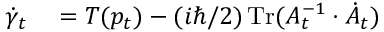
\begin{array} { r l } { \dot { \gamma } _ { t } } & { { } = T ( p _ { t } ) - ( i \hbar / 2 ) \operatorname * { T r } ( A _ { t } ^ { - 1 } \cdot \dot { A } _ { t } ) } \end{array}